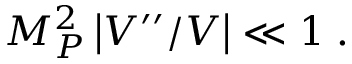
M _ { P } ^ { 2 } \left| V ^ { \prime \prime } / V \right| \ll 1 \; .